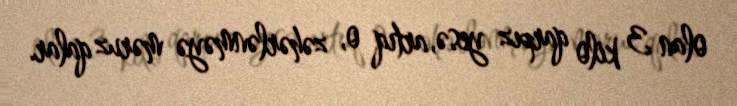
olan 3 kilo qarpız yesə, artıq o, zəhərlənməyə məruz qalar.